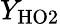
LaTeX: Y_{\mathrm{HO2}}